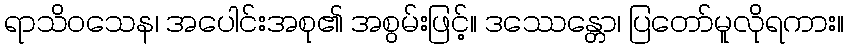
ရာသိဝသေန၊ အပေါင်းအစု၏ အစွမ်းဖြင့်။ ဒဿေန္တော၊ ပြတော်မူလိုရကား။